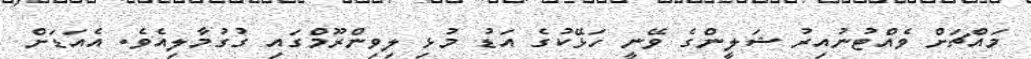
މައްޗަށް ވެއްޓުނުއިރު ޝަލީންގެ ވޭނީ ހަޅޭކުގެ އަޑު މުޅި ލިވިންރޫމްގައި ގުގުމާލިއެވެ. އެއަޑަށް